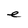
Character: e